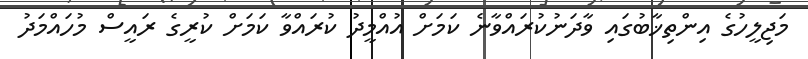
މަޖިލީހުގެ އިންތިޚާބުގައި ވާދަނުކުރައްވާނެ ކަމަށް އުއްމީދު ކުރައްވާ ކަމަށް ކުރީގެ ރައީސް މުހައްމަދު